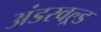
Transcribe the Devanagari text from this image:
अंडरवल्र्ड